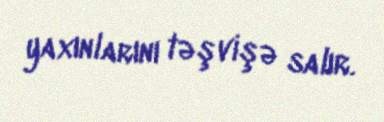
yaxınlarını təşvişə salır.